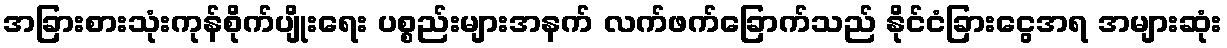
အခြားစားသုံးကုန်စိုက်ပျိုးရေး ပစ္စည်းများအနက် လက်ဖက်ခြောက်သည် နိုင်ငံခြားငွေအရ အများဆုံး